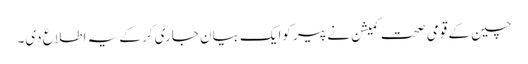
چین کے قومی صحت کمیشن نے پیر کوایک بیان جاری کر کے یہ اطلاع دی۔